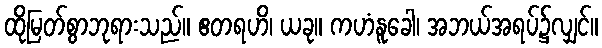
ထိုမြတ်စွာဘုရားသည်။ ဧတရဟိ၊ ယခု။ ကဟံနူခေါ၊ အဘယ်အရပ်၌လျှင်။